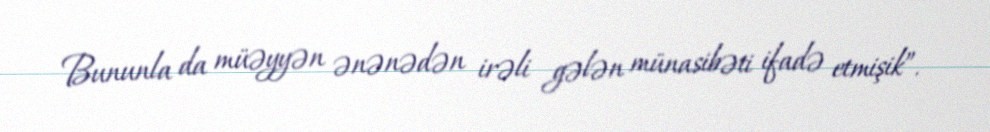
Bununla da müəyyən ənənədən irəli gələn münasibəti ifadə etmişik”.